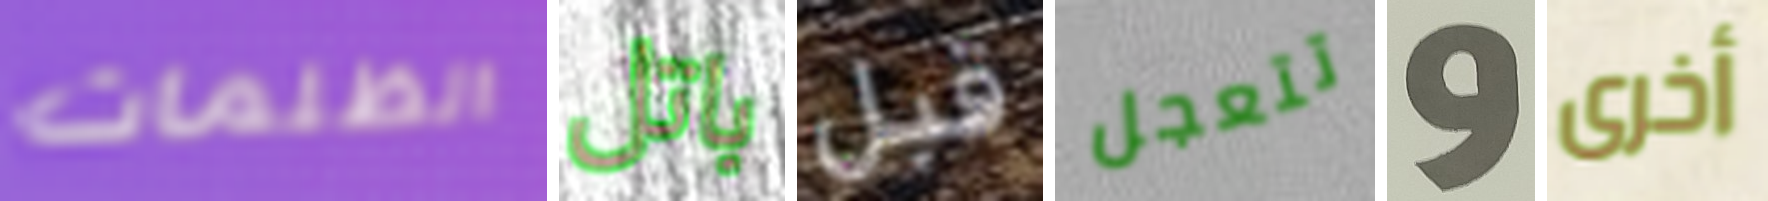
الظلمات باتل قبل تتعجل و أخرى